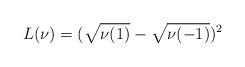
LaTeX: \begin{align*} L(\nu)=(\sqrt{\nu(1)}-\sqrt{\nu(-1)})^{2}\end{align*}